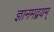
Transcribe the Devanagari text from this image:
ज्ञानमद्वयम्‌